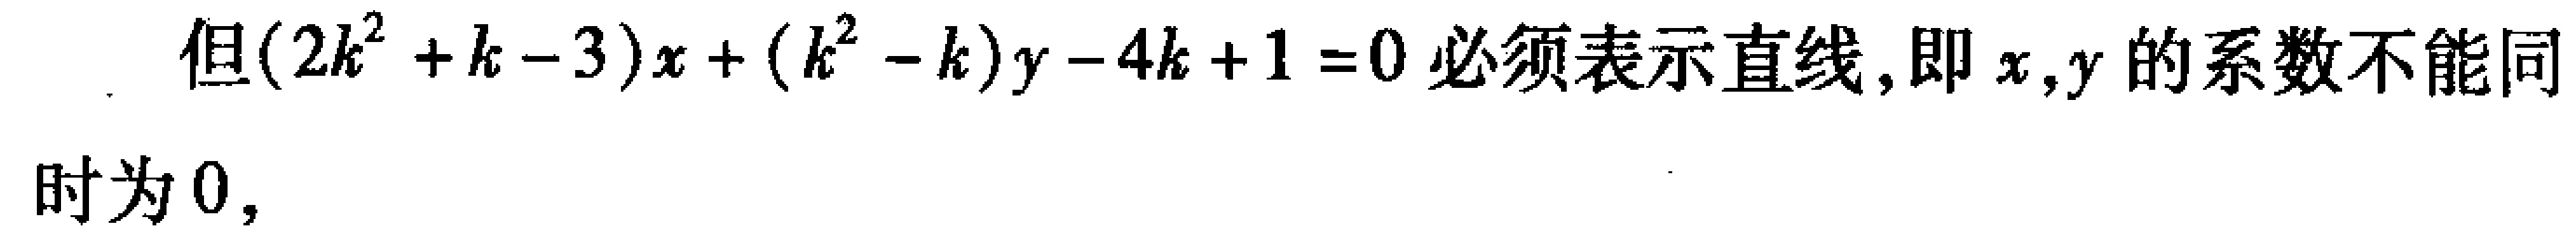
但\((2k^{2}+k - 3)x+(k^{2}-k)y-4k + 1 = 0\)必须表示直线,即\(x,y\)的系数不能同
时为\(0\)，